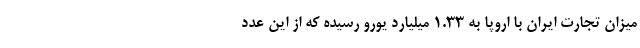
میزان تجارت ایران با اروپا به ۱.۳۳ میلیارد یورو رسیده که از این عدد